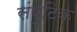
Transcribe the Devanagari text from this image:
संपुटिक